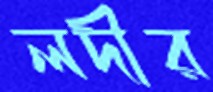
লদীর